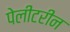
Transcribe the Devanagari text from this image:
पेलीटरीन